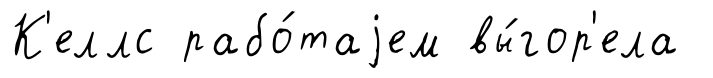
К'еллс рабо́таjем вы́гор'ела